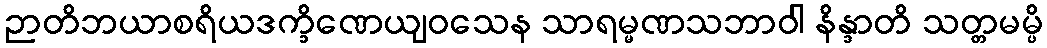
ဉာတိဘယာစရိယဒက္ခိဏေယျဝသေန သာရမ္မဏသဘာဝါ နိန္ဒာတိ သတ္တမမ္ပိ